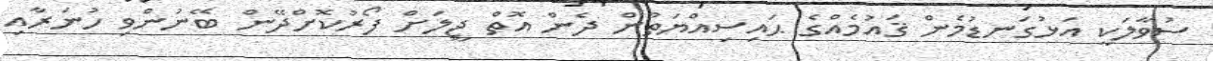
ސުވާލަކީ އަޅުގަނޑުމެން ޤައުމެއްގެ ޙައިސިއްޔަތުން ދެން އޮތް ޖީލަށް ފޯރުކޮށްދޭން ބޭނުންވި ހުނަރާއި